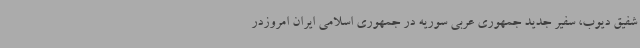
شفیق دیوب، سفیر جدید جمهوری عربی سوریه در جمهوری اسلامی ایران امروزدر